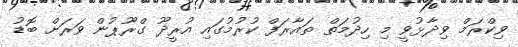
ވިކްރަމް ވިދާޅުވީ މި ހިދުމަތް ތައާރަފް ކުރުމުގައި އުރީދޫ ގްރޫޕުން ވަރަށް ބޮޑު